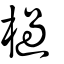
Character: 檛